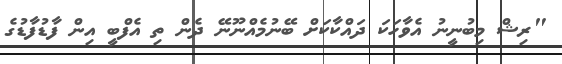
"ރިޝް މިބުނީނު އެވާހަކަ ދައްކާކަށް ބޭނުމެއްނޫނޭ ދެން ތި އެފްބީ އިން ފާޑުފާޑުގެ